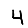
Digit: 4